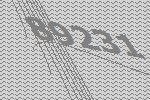
89231